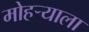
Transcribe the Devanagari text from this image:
मोहऱ्याला